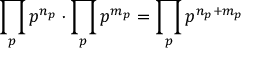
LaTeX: \prod _ { p } p ^ { n _ { p } } \cdot \prod _ { p } p ^ { m _ { p } } = \prod _ { p } p ^ { n _ { p } + m _ { p } }